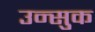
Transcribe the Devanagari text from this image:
उन्सुक